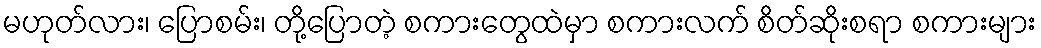
မဟုတ်လား၊ ပြောစမ်း၊ တို့ပြောတဲ့ စကားတွေထဲမှာ စကားလက် စိတ်ဆိုးစရာ စကားများ